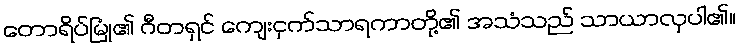
တောရိပ်မြုံ၏ ဂီတရှင် ကျေးငှက်သာရကာတို့၏ အသံသည် သာယာလှပါ၏။